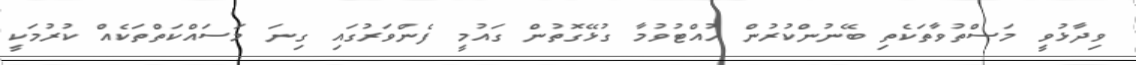
ވިދާޅުވީ މަސްތުވާތަކެތި ބޭނުންކުރުން ހުއްޓުވުމާ ގުޅޭގޮތުން ގައުމީ ފެންވަރުގައި ގިނަ މަސައްކަތްތަކެއް ކުރުމަކީ